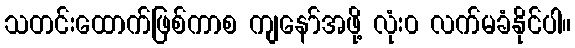
သတင်းထောက်ဖြစ်ကာစ ကျနော်အဖို့ လုံး၀ လက်မခံနိုင်ပါ။